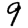
Digit: 9